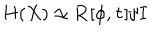
LaTeX: H ( X ) \simeq { \bf R } [ \phi , \tau ] / I